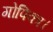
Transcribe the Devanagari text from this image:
गोपिका।